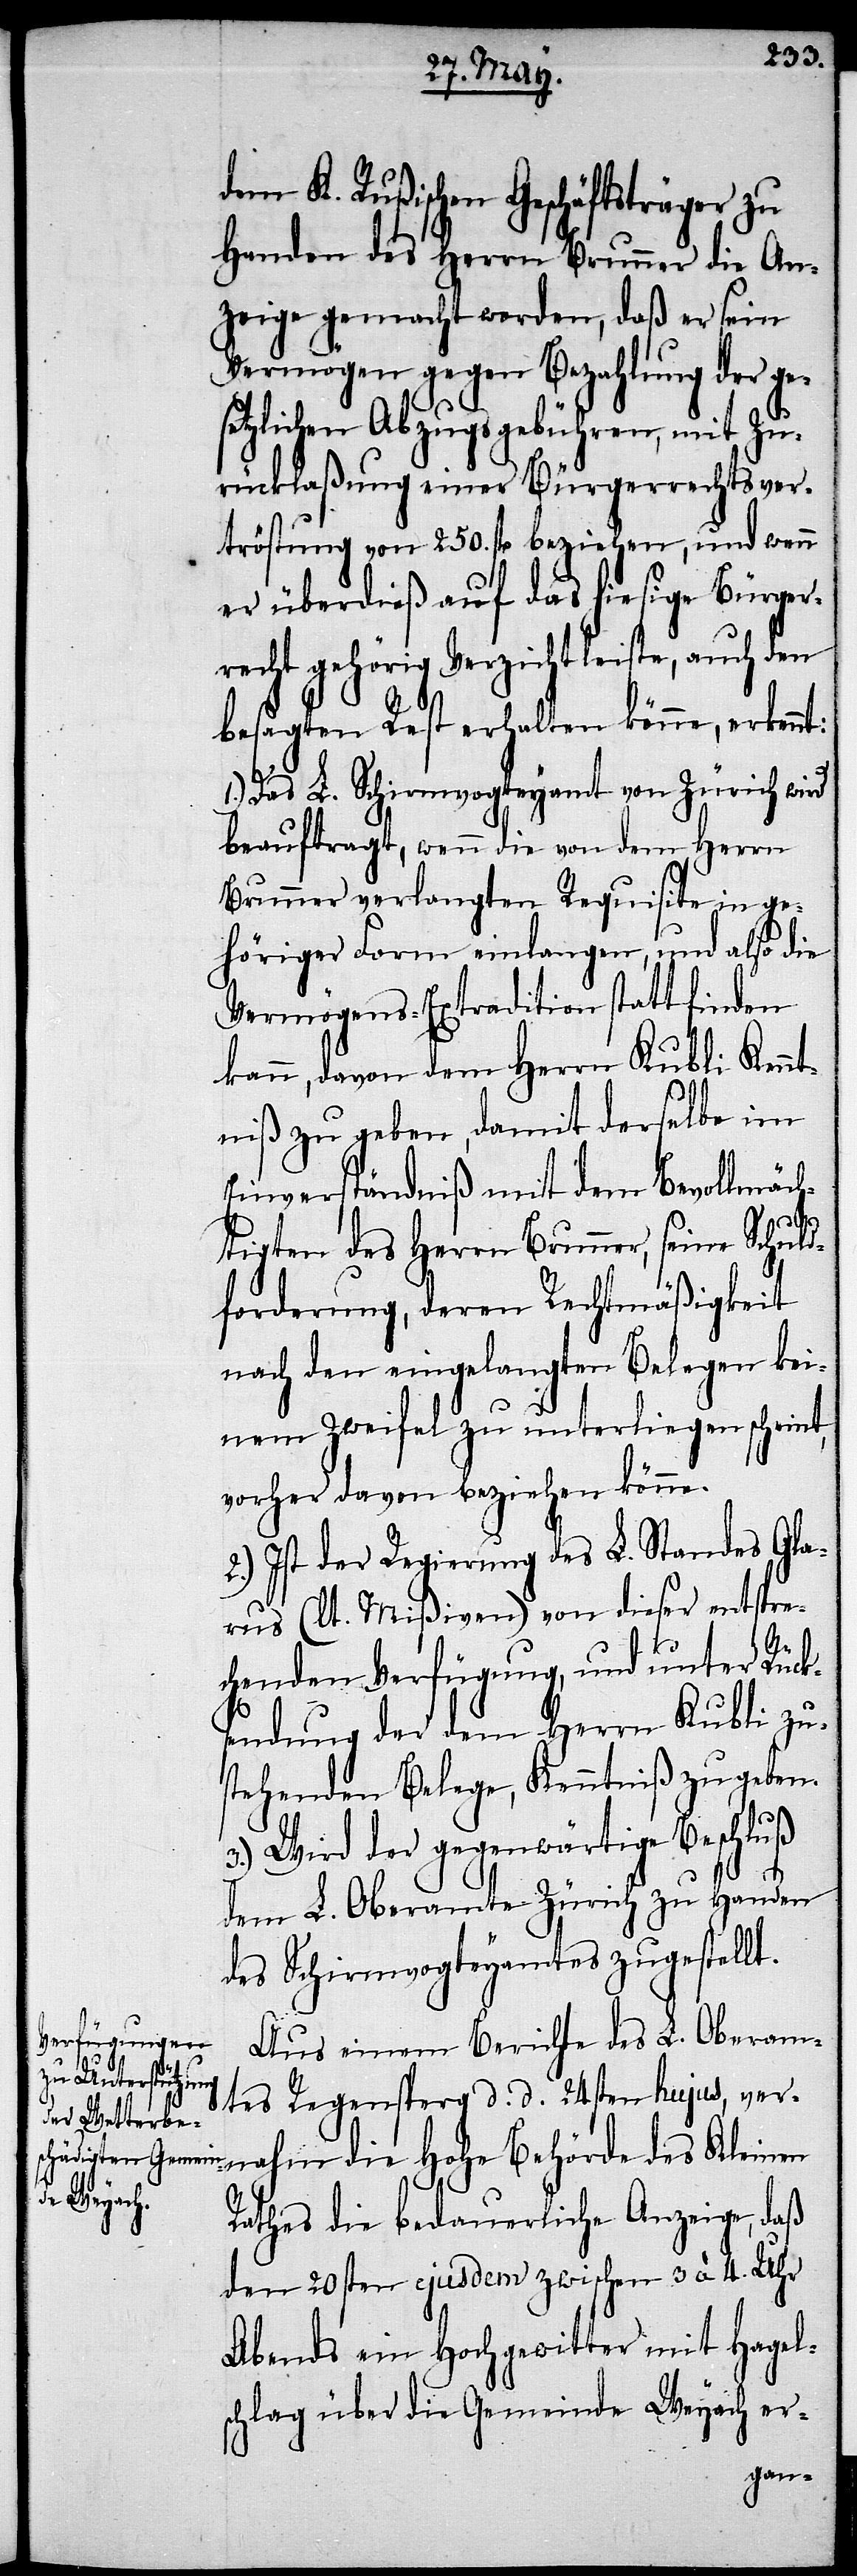
Aus einem Berichte des L. Oberam¬
tes Regensperg d. d. 24sten hujus, ver¬
nahm die Hohe Behörde des Kleinen
Rathes die bedauerliche Anzeige, daß
den 20sten ejusdem zwischen 3 à 4. Uhr
Abends ein Hochgewitter mit Hagel¬
schlag über die Gemeinde Weyach er-